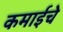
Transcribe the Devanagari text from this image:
कमाईचे